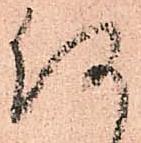
何